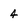
Character: 4